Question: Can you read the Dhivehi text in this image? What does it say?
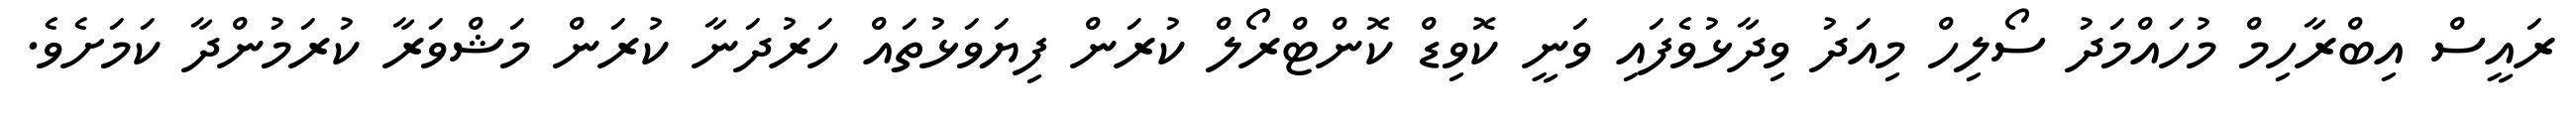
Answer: ރައީސް އިބްރާހިމް މުހައްމަދު ސޯލިހް މިއަދު ވިދާޅުވެފައި ވަނީ ކޮވިޑް ކޮންޓްރޯލް ކުރަން ފިޔަވަޅުތައް ހަރުދަނާ ކުރަން މަޝްވަރާ ކުރަމުންދާ ކަމަށެވެ.